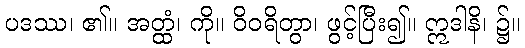
ပဒဿ၊ ၏။ အတ္ထံ၊ ကို။ ဝိဝရိတွာ၊ ဖွင့်ပြီး၍။ ဣဒါနိ၊ ၌။